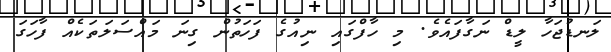
ލަނޑުޖަހާ ލީޑް ނަގާފައެވެ. މި ހާފްގައި ނިއުގެ ފަހަތުން ގިނަ މައްސަލަތަކެއް ފާހަގަ